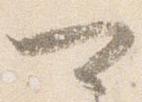
可